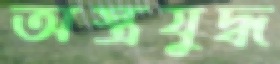
অস্ত্রযুদ্ধ